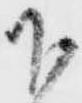
下